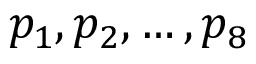
p _ { 1 } , p _ { 2 } , \dots , p _ { 8 }